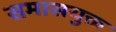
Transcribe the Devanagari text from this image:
समासयुक्त